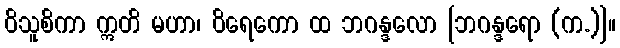
ဝိသူစိကာ ဣတိ မဟာ၊ ဝိရေကော ထ ဘဂန္ဒလော [ဘဂန္ဒရော (က.)]။